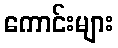
ကောင်းများ